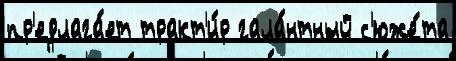
пр'едлага́ет тракт'и́р гала́нтный с'юже́та